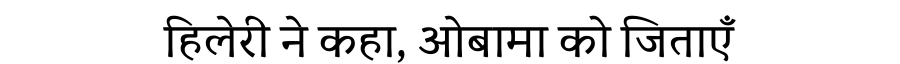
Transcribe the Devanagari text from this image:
हिलेरी ने कहा, ओबामा को जिताएँ